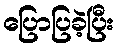
ပြောပြခဲ့ပြီး